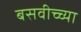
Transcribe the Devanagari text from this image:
बसवीच्च्या